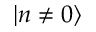
\lvert n \ne 0 \rangle